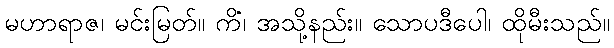
မဟာရာဇ၊ မင်းမြတ်။ ကိံ၊ အသို့နည်း။ သောပဒီပေါ၊ ထိုမီးသည်။